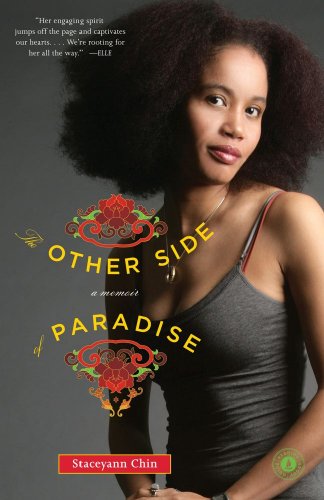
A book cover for The Other Side of Paradise: A Memoir; Staceyann Chin; Gay & Lesbian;